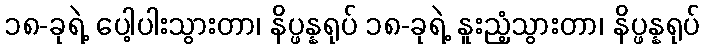
၁၈-ခုရဲ့ ပေါ့ပါးသွားတာ၊ နိပ္ဖန္နရုပ် ၁၈-ခုရဲ့ နူးညံ့သွားတာ၊ နိပ္ဖန္နရုပ်